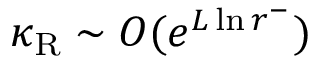
\kappa _ { \mathrm { R } } \sim O ( e ^ { L \ln r ^ { - } } )